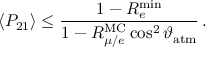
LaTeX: \langle P _ { 2 1 } \rangle \leq \frac { 1 - R _ { e } ^ { \mathrm { m i n } } } { 1 - R _ { \mu / e } ^ { \mathrm { M C } } \cos ^ { 2 } \vartheta _ { \mathrm { a t m } } } \, .